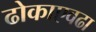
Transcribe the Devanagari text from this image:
ढोकाएवढा